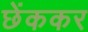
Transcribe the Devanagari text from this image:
छेंककर